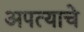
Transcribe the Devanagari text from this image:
अपत्याचे